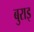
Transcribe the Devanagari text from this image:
बुराइ